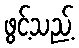
ဖွင့်သည့်